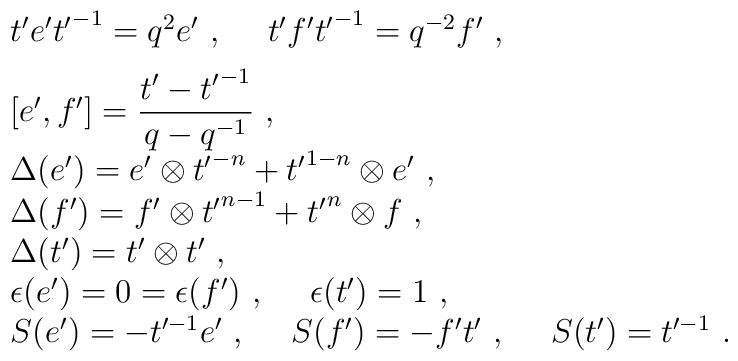
\begin{array}{l}t'e'{t'}^{-1}=q^2e'~,~~~~t'f'{t'}^{-1}=q^{-2}f'~,\\[2mm][e',f']=\displaystyle\frac{t'-{t'}^{-1}}{q-q^{-1}}~,\\[2mm]\Delta(e')=e'\otimes {t'}^{-n}+{t'}^{1-n}\otimes e'~,\\\Delta(f')=f'\otimes {t'}^{n-1}+{t'}^n\otimes f~,\\\Delta(t')=t'\otimes t'~,\\\epsilon(e')=0=\epsilon(f')~,~~~~\epsilon(t')=1~,\\S(e')=-t'^{-1}e'~,~~~~S(f')=-f't'~,~~~~S(t')=t'^{-1}~.\end{array}